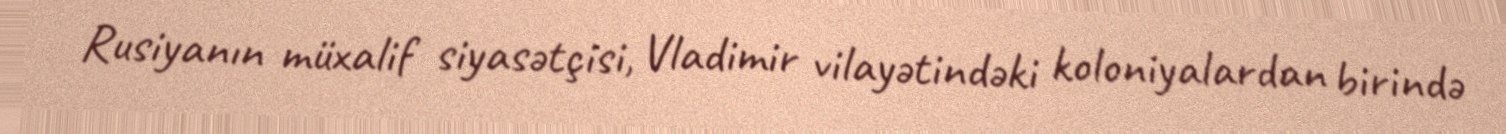
Rusiyanın müxalif siyasətçisi, Vladimir vilayətindəki koloniyalardan birində